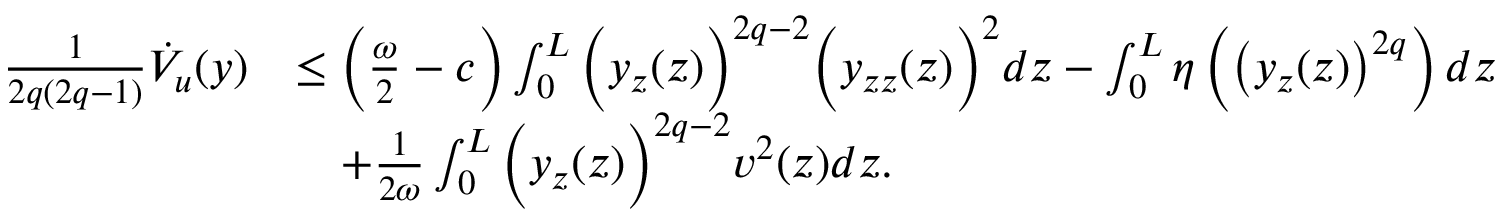
\begin{array} { r l } { \frac { 1 } { 2 q ( 2 q - 1 ) } \dot { V } _ { u } ( y ) } & { \leq \left( \frac { \omega } { 2 } - c \right) \int _ { 0 } ^ { L } \Big ( y _ { z } ( z ) \Big ) ^ { 2 q - 2 } \Big ( y _ { z z } ( z ) \Big ) ^ { 2 } d z - \int _ { 0 } ^ { L } \eta \left( \left( y _ { z } ( z ) \right) ^ { 2 q } \right) d z } \\ & { \quad + \frac { 1 } { 2 \omega } \int _ { 0 } ^ { L } \Big ( y _ { z } ( z ) \Big ) ^ { 2 q - 2 } v ^ { 2 } ( z ) d z . } \end{array}